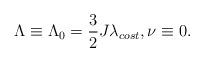
LaTeX: \begin{align*}\Lambda \equiv \Lambda_0=\frac{3}{2} J\lambda_{cost},\nu\equiv 0.\end{align*}